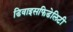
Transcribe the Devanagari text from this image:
डिवाइसफिडेलिटी